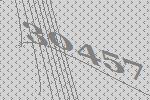
30457